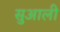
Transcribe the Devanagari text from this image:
सुआली